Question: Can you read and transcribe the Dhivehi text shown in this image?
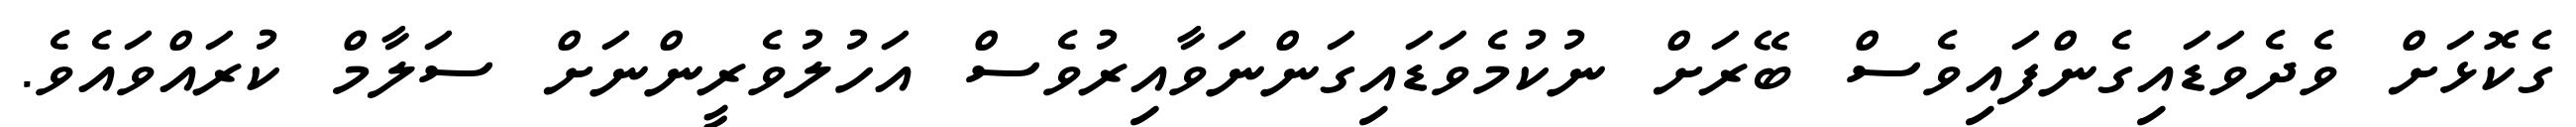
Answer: ގެކޮޅަށް ވެދެވަޑައިގެންފައިވެސް ބޭރަށް ނުކުމެވަޑައިގަންނަވާއިރުވެސް އަހުލުވެރީންނަށް ސަލާމް ކުރައްވައެވެ.